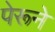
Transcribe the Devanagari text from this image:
पेरूने